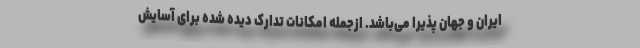
ایران و جهان پذیرا می‌باشد. ازجمله امکانات تدارک دیده شده برای آسایش